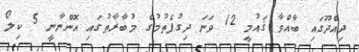
ދިއްދޫގައި ބާއްވާ ޤައުމީ 12 ވަނަ ދިގުފެތުމުގެ މުބާރާތުގައި އޮންނާނީ 5 ކިލޯ